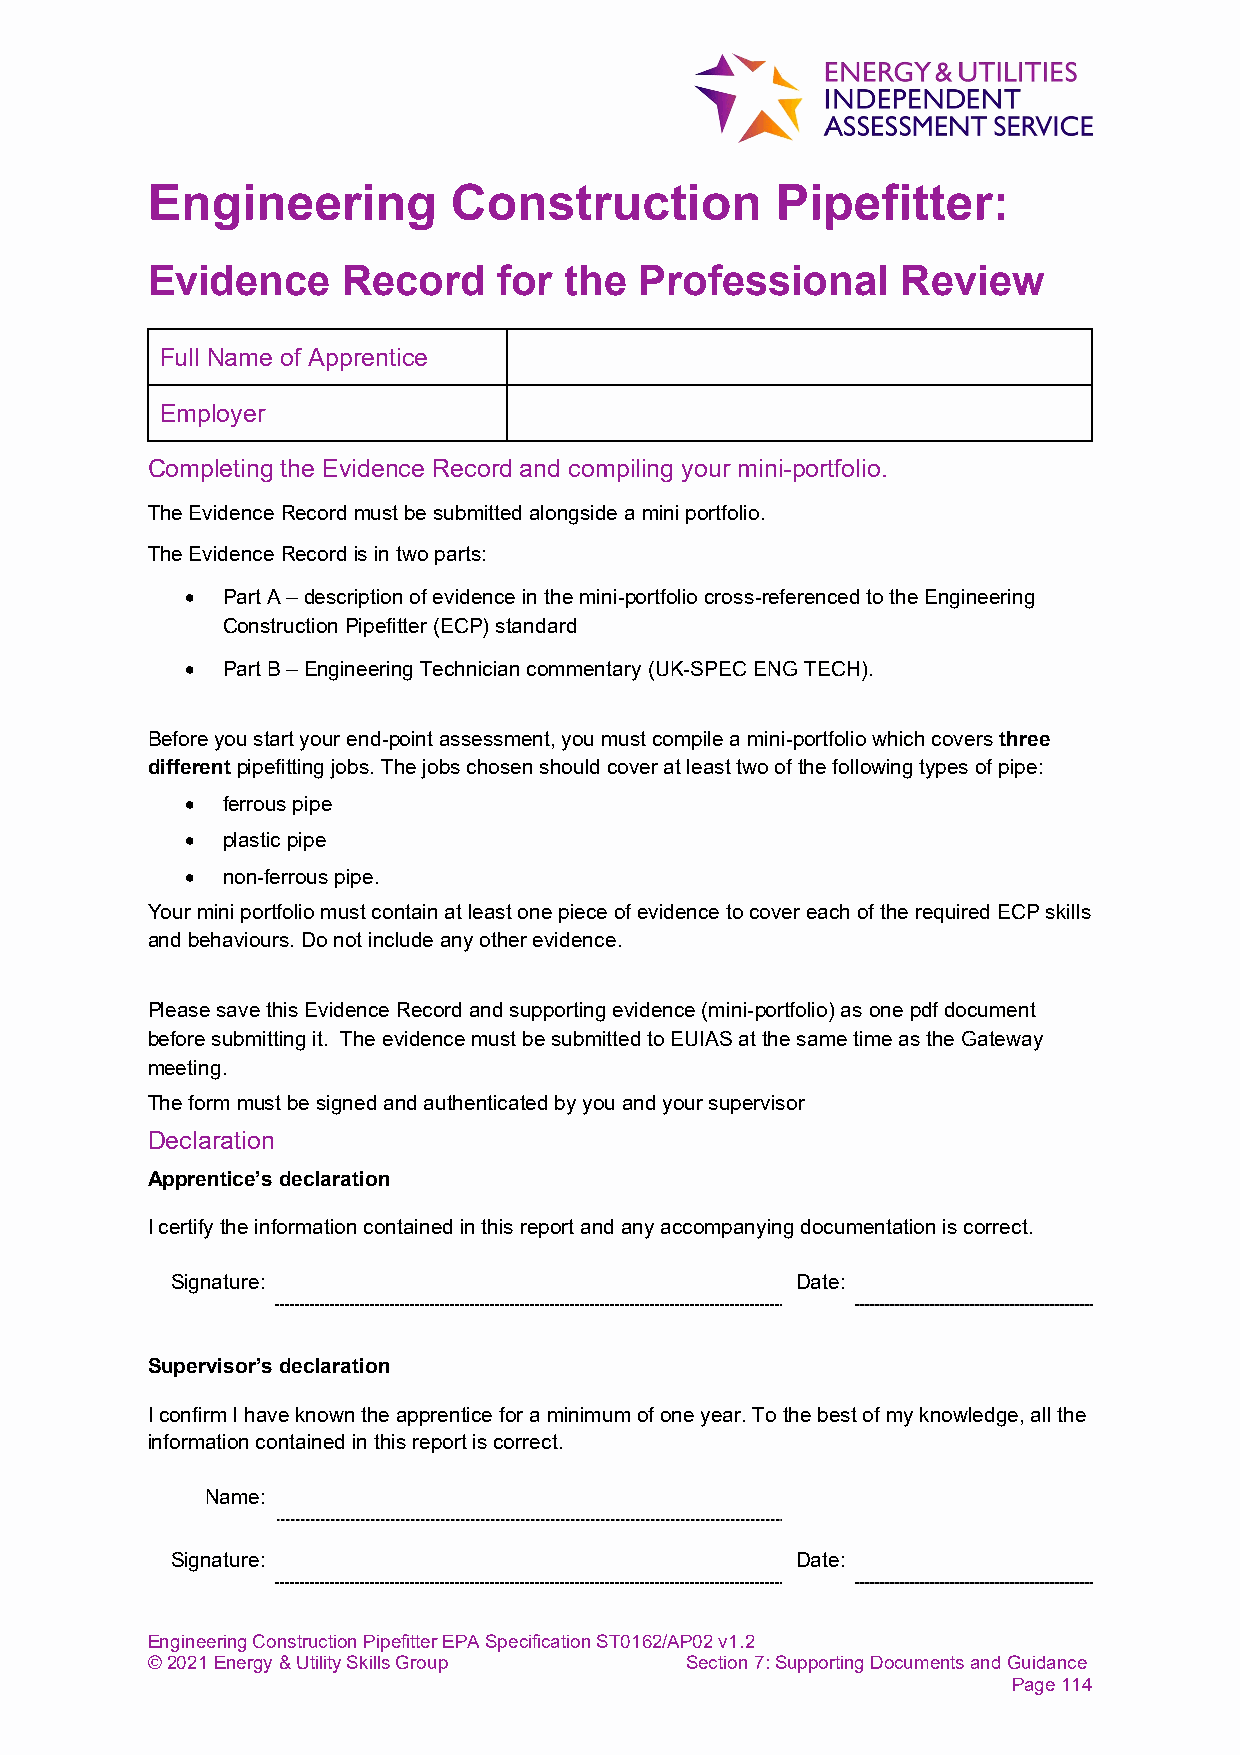
Engineering         Construction         Pipefitter:
 Evidence     Record    for the  Professional      Review
 Full Name of Apprentice
 Employer
 Completing the Evidence Record and compiling your mini-portfolio.
 The Evidence Record must be submitted alongside a mini portfolio.
 The Evidence Record is in two parts:
 •  Part A – description of evidence in the mini-portfolio cross-referenced to the Engineering
 Construction Pipefitter (ECP) standard
 •  Part B – Engineering Technician commentary (UK-SPEC ENG TECH).
 Before you start your end-point assessment, you must compile a mini-portfolio which covers three
 different pipefitting jobs. The jobs chosen should cover at least two of the following types of pipe:
 •  ferrous pipe
 •  plastic pipe
 •  non-ferrous pipe.
 Your mini portfolio must contain at least one piece of evidence to cover each of the required ECP skills
 and behaviours. Do not include any other evidence.
 Please save this Evidence Record and supporting evidence (mini-portfolio) as one pdf document
 before submitting it. The evidence must be submitted to EUIAS at the same time as the Gateway
 meeting.
 The form must be signed and authenticated by you and your supervisor
 Declaration
 Apprentice’s declaration
 I certify the information contained in this report and any accompanying documentation is correct.
 Signature:                                Date:
 Supervisor’s declaration
 I confirm I have known the apprentice for a minimum of one year. To the best of my knowledge, all the
 information contained in this report is correct.
 Name:
 Signature:                                Date:
 Engineering Construction Pipefitter EPA Specification ST0162/AP02 v1.2
 © 2021 Energy & Utility Skills Group Section 7: Supporting Documents and Guidance
 Page 114